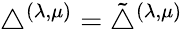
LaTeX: \bigtriangleup^{(\lambda,\mu)}=\tilde{\bigtriangleup}^{(\lambda,\mu)}